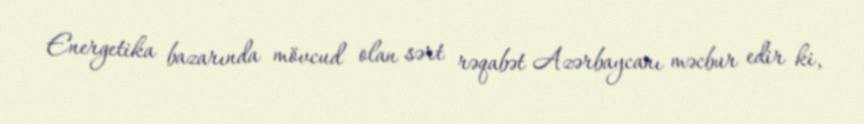
Energetika bazarında mövcud olan sərt rəqabət Azərbaycanı məcbur edir ki,